Annual report on the lock hospitals of the Madras Presidency
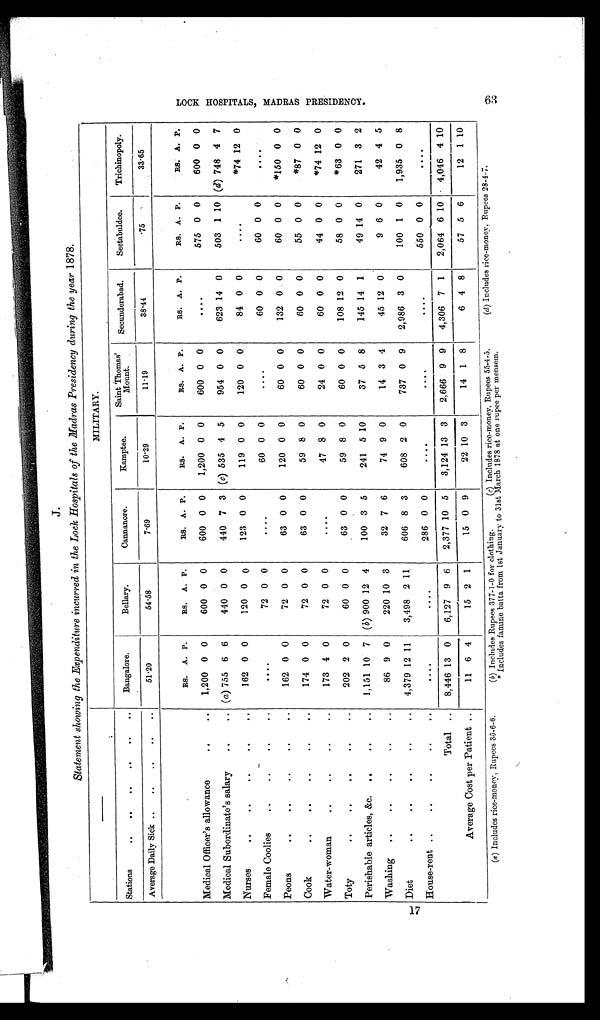
J.
Statement showing the Expenditure incurred in the Lock Hospitals of the Madras Presidency during the year 1878.
—
MILITARY.
Stations
..
..
..
..
..
..
Bangalore.
Bellary.
Cannanore.
Kamptee.
Saint Thomas'
Mount.
Secunderabad.
Seetabuldee.
Trichinopoly.
Average Daily Sick ..
..
..
..
..
51.20
54.58
7.69
10.29
11.19
38.44
.75
33.65
RS. A. P.
RS. A. P.
RS. A. P.
RS. A. P.
RS. A. P.
RS. A. P.
RS. A. P.
RS. A. P.
Medical Officer's allowance
.. ..
1,200 0 0
600 0 0
600 0 0
1,200 0 0
600 0 0
. . . .
575 0 0
600 0 0
Medical Subordinate's salary
..
.. (a) 755 6 6
440 0 0
440 7 3 (c) 535 4 5
954 0 0
623 14 0
503 1 10 (d) 748 4 7
Nurses
..
..
..
..
..
162 0 0
120 0 0
123 0 0
119 0 0
120 0 0
84 0 0
.
. ..
*74 12 0
Female Coolies
..
..
..
..
....
72 0 0
....
60 0 0
. . . .
60 0 0
60 0 0 ....
Peons
..
..
162 0 0
72 0 0
63 0 0
120 0 0
60 0 0
132 0 0
60 0 0
*150 0 0
Cook
..
..
..
..
..
174 0 0
72 0 0
63 0 0
59 8 0
60 0 0
60 0 0
55 0 0
*87 0 0
Water-woman
..
..
..
..
173 4 0
72 0 0
. . . .
47 8 0
24 0 0
60 0 0
44 0 0
*74 12 0
Toty
..
..
..
..
..
202 2 0
60 0 0
63 0 0
59 8 0
60 0 0
108 12 0
58 0 0
*63 0 0
Perishable articles, &c. ..
..
.. 1,151 10 7 ( b) 900 12 4
100 3 5
241 5 10
37 5 8
145 14 1
49 14 0
271 3 2
Washing ..
..
..
..
..
86 9 0
220 10 3
32 7 6
74 9 0
14 3 4
45 12 0
9 6 0
42 4 5
Diet
..
..
..
..
.. 4,379 1 2 11
3,498 2 11
606 8 3
608 2 0
737 0 9
2,986 3 0
100 1 0
1,935 0 8
House-rent ..
..
..
..
..
. . . .
....
286 0 0
. . . .
. . . .
. . . .
550 0 0
. . . .
Total . .
8,446 13 0
6,127 9 6
2,377 10 5
3,124 13 3
2,666 9 9
4,306 7 1
2,064 6 10
4,046 4 10
Average Cost per Patient ..
11 6 4
15 2 1
15 0 9
22 10 3
14 1 8
6 4 8
57 5 6
12 1 10
L O C K H O S P I T A L S , M A D R A S P R E S I D E N C Y .
(b) Includes Rupees 377-1-0 for clothing.
(c) Includes rice-money, Rupees 55-4-5.
*Includes famine batta from 1st January to 31st March 1878 at one rupee per mensem.
(d) Includes rice-money, Rupees 28-4.7.
(a) Includes rice-money, Rupees 35-6-6.